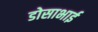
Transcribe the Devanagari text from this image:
डोसाभाई